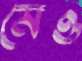
মেও